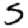
Digit: 5